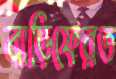
বাড়িফেরত